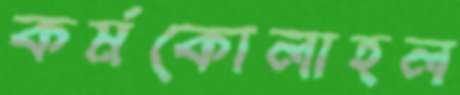
কর্মকোলাহল